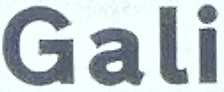
Gali